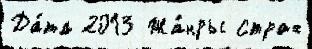
Да́та 2013 Жа́нры страх